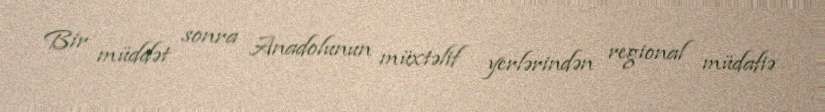
Bir müddət sonra Anadolunun müxtəlif yerlərindən regional müdafiə